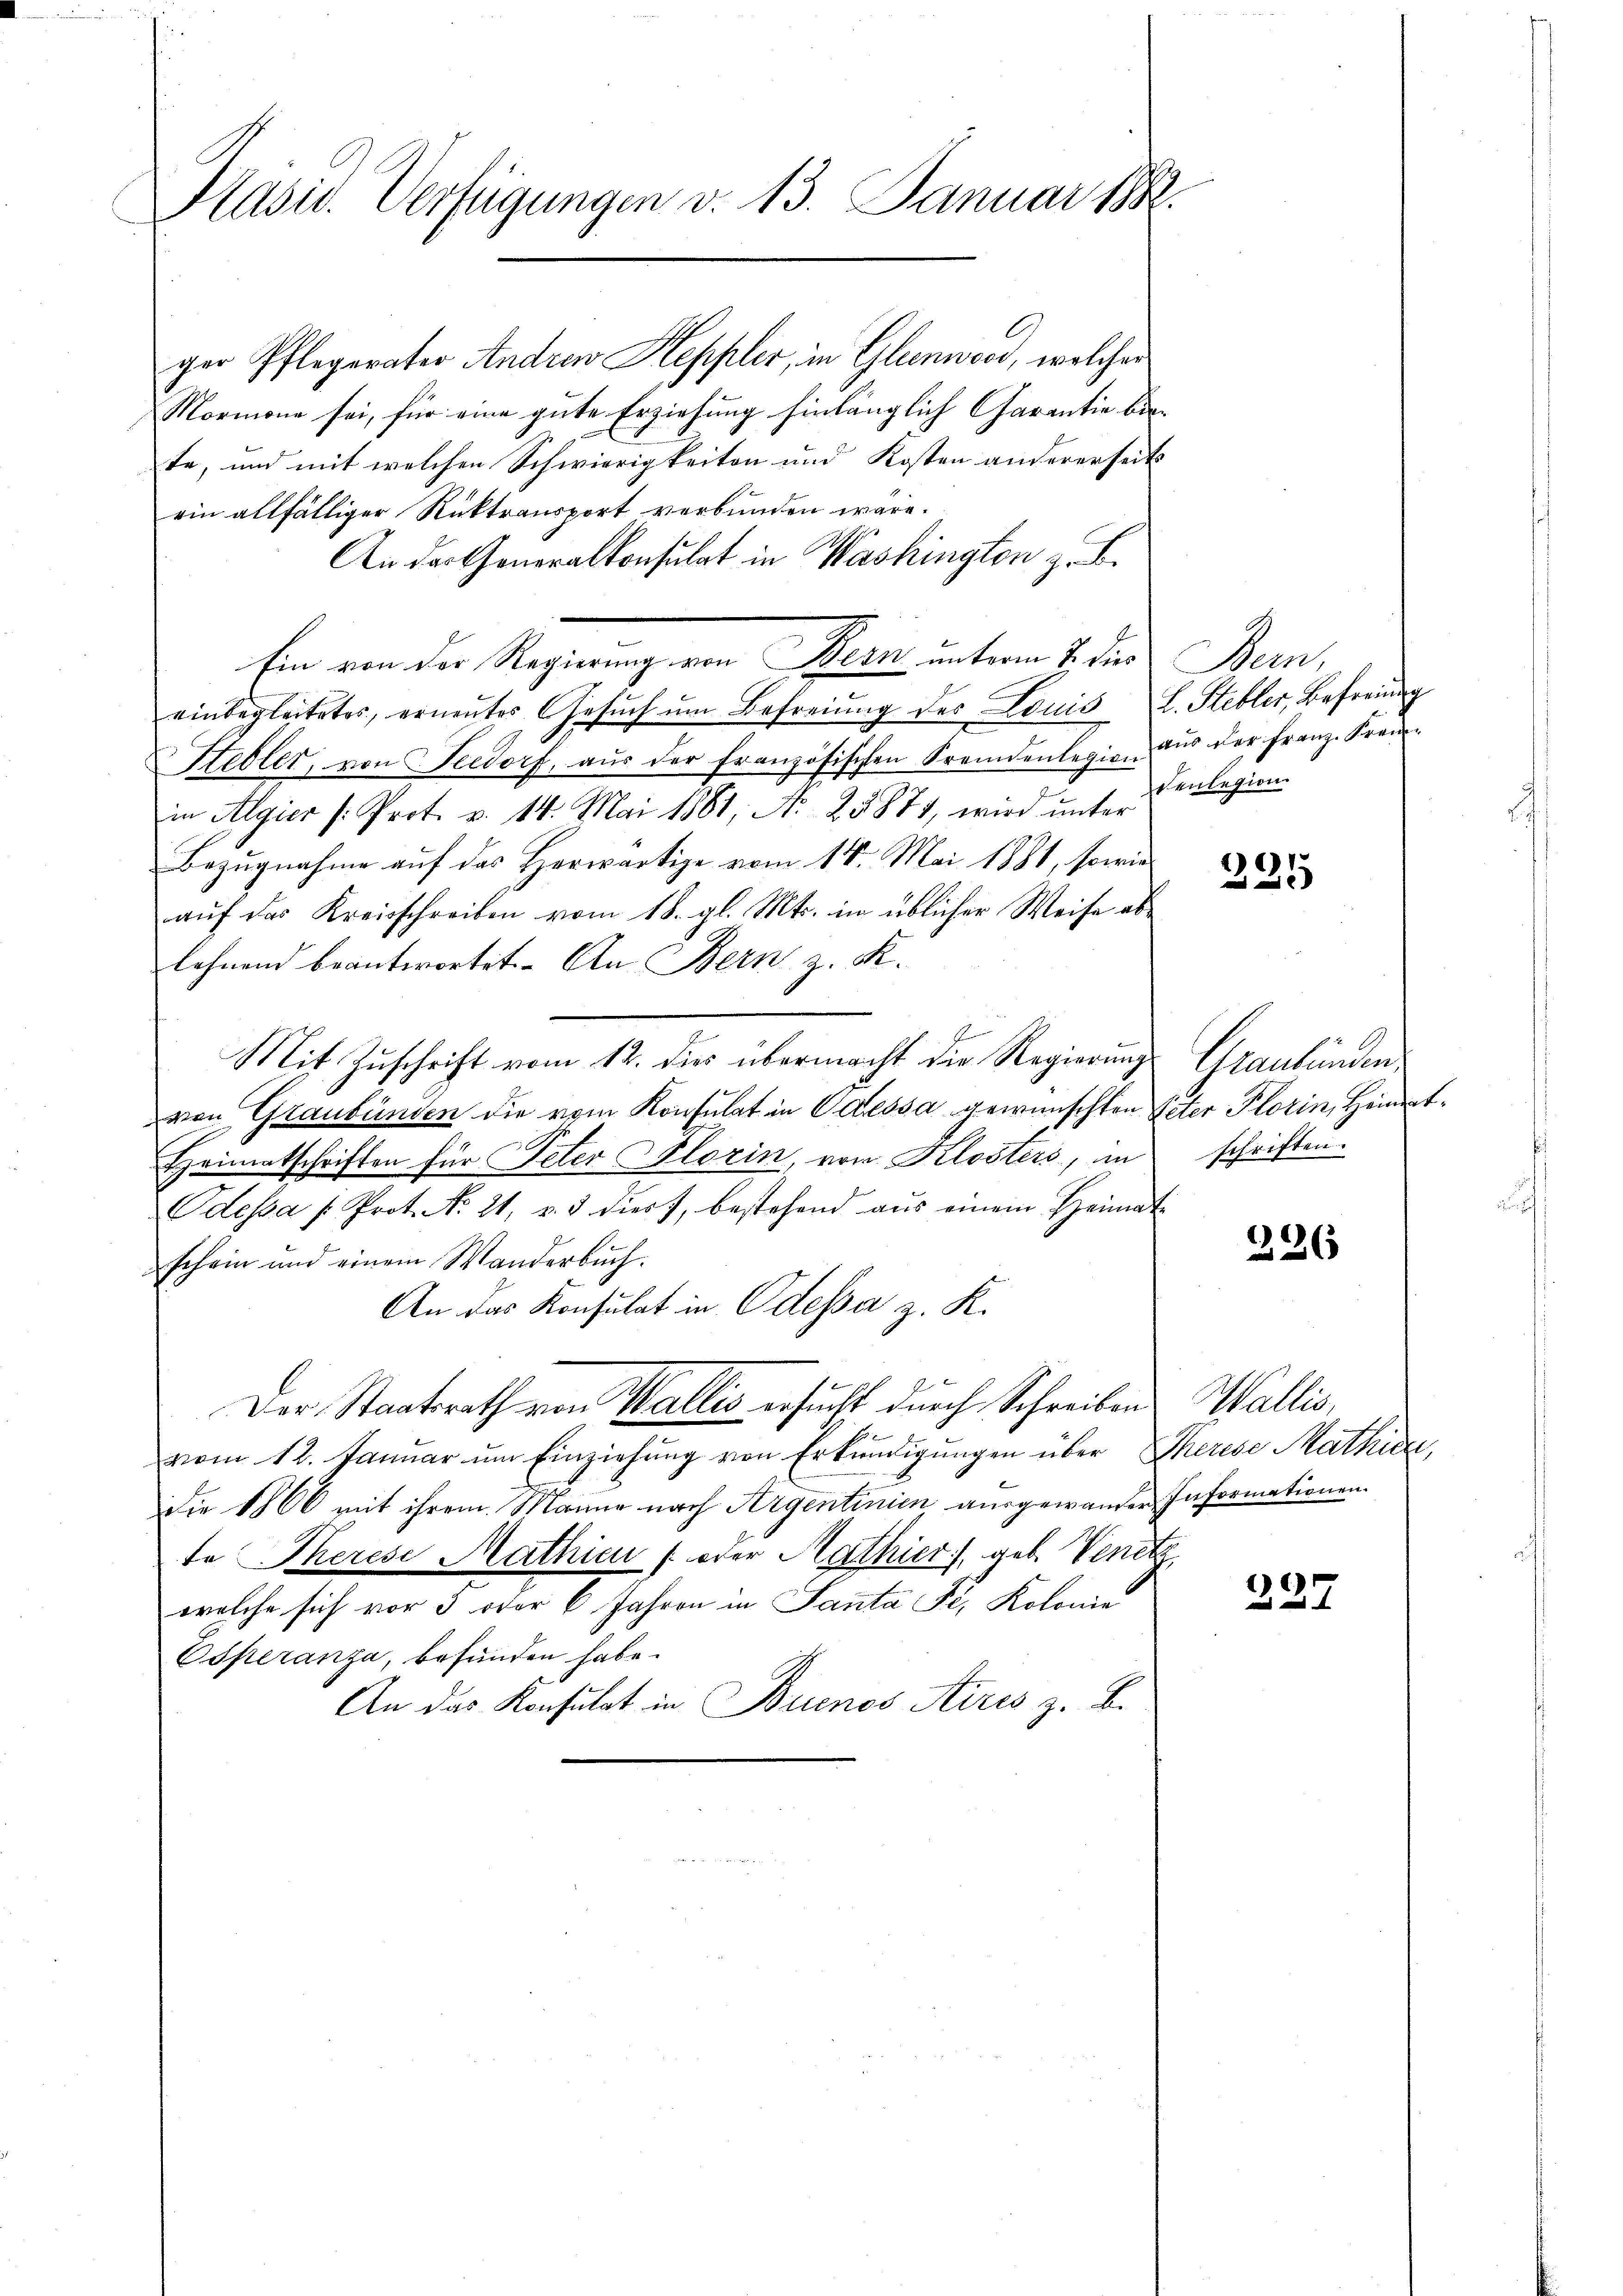
Präsid. Verfügungen v. 13. Januar 1888.

ger Pflegerater Andrew Keppler, in Glinner, welcher
Mormona sei, für eine gute Erziehung hinlänglich Charantie biste, und mit welchen Schwierigkeiten und Kosten andererseit
ein allfälliger Rücktransport verbunden wäre.
An der Generalkonsulat in Washingten z. B.
Ein von der Regierung von Sein unterm 4ten Bern,
einbegleitetes, erneŭtes Gesŭch ŭm Befreiung des Louis L. Stebler, Befreiung
Stebler, von Seedorf, aŭs der französischen Fremdenlegion aus der Franz. Frei-
in Algier /: Prot. v. 14. Mai 1881, N. 25871, wird unter
Bezugnahme auf das Herwärtige vom 14. Mai 1881, sowie
auf das Kreisschreiben vom 18. gl. Mts. in üblicher Weise ablehnend beantwortet. An Bern z. R.
Mit Zuschrift vom 12. dies übermacht die Regierungs
von Graubünden die vom Konsulat in Odessa gewünschten Peter Plorin, Heimat¬
Heimatschriften für Peter Florin, von Klosters, in
Odessa /: Prot. No 21. v. 3 dies, bestehend aŭs einem Heimat-
schein und einem Wanderbuch.
An das Konsulat in Odessa z. K.
Der Staatsrath von Wallis ersucht durch Schreiben
vom 12. Januar um Einziehung von Erkundigungen über Therese Mathia
Die 1866 mit ihrem Manne nach Argentinien ausgewander Informationen.
te Therese Mathien (oder Mathier, geb. Venet,
welche sich vor 3 oder 6 Jahren in Santa Fr. Kolonie
Esperanza, befunden habe.
An das Konsulat in Buenos Aires z. B.

denlegion.

225

Graubünden
schriften.

226

Hallei

327